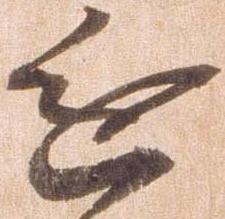
進